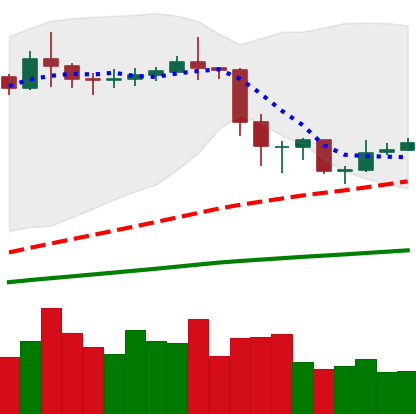
Ticker: ETC-USD
Chart end date: 2020-02-23
Forward return: -23.597%
Label: down_7plus